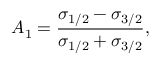
A _ { 1 } = \frac { \sigma _ { 1 / 2 } - \sigma _ { 3 / 2 } } { \sigma _ { 1 / 2 } + \sigma _ { 3 / 2 } } ,